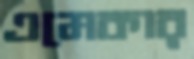
এমেকার